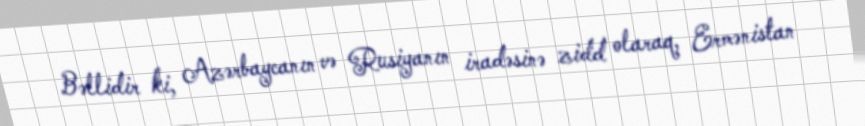
Bəllidir ki, Azərbaycanın və Rusiyanın iradəsinə zidd olaraq, Ermənistan